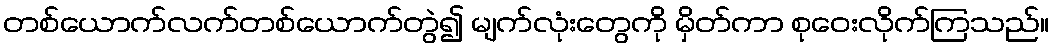
တစ်ယောက်လက်တစ်ယောက်တွဲ၍ မျက်လုံးတွေကို မှိတ်ကာ စုဝေးလိုက်ကြသည်။